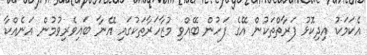
އެކަމަކު އިދިކޮޅު ފަރާތްތަކުން އޭގެ ފަހުން ބޭއްވި މުޒާހަރާތަކުގައި އޭނާ ބައިވެރިވުމުން އަނެއްކާ